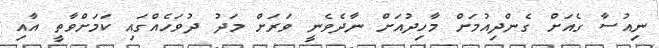
ނިއުސާ ގެއަށް ގެންދިއުމަށް މާހިދުއަށް ނާދެވެނީ ވަރަށް މަދު ދުވަހެއްގައި ކަމަށްވާތީ އާއި